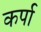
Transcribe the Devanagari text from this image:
कर्पा